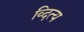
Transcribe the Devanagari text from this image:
व्दित्य